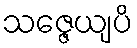
သဇ္ဇေယျပိ